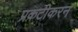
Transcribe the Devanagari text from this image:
प्रकटीकरन